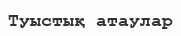
Туыстық атаулар